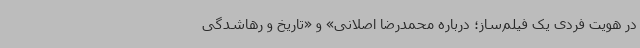
در هویت فردی یک فیلم‌ساز؛ درباره محمدرضا اصلانی» و «تاریخ و رهاشدگی